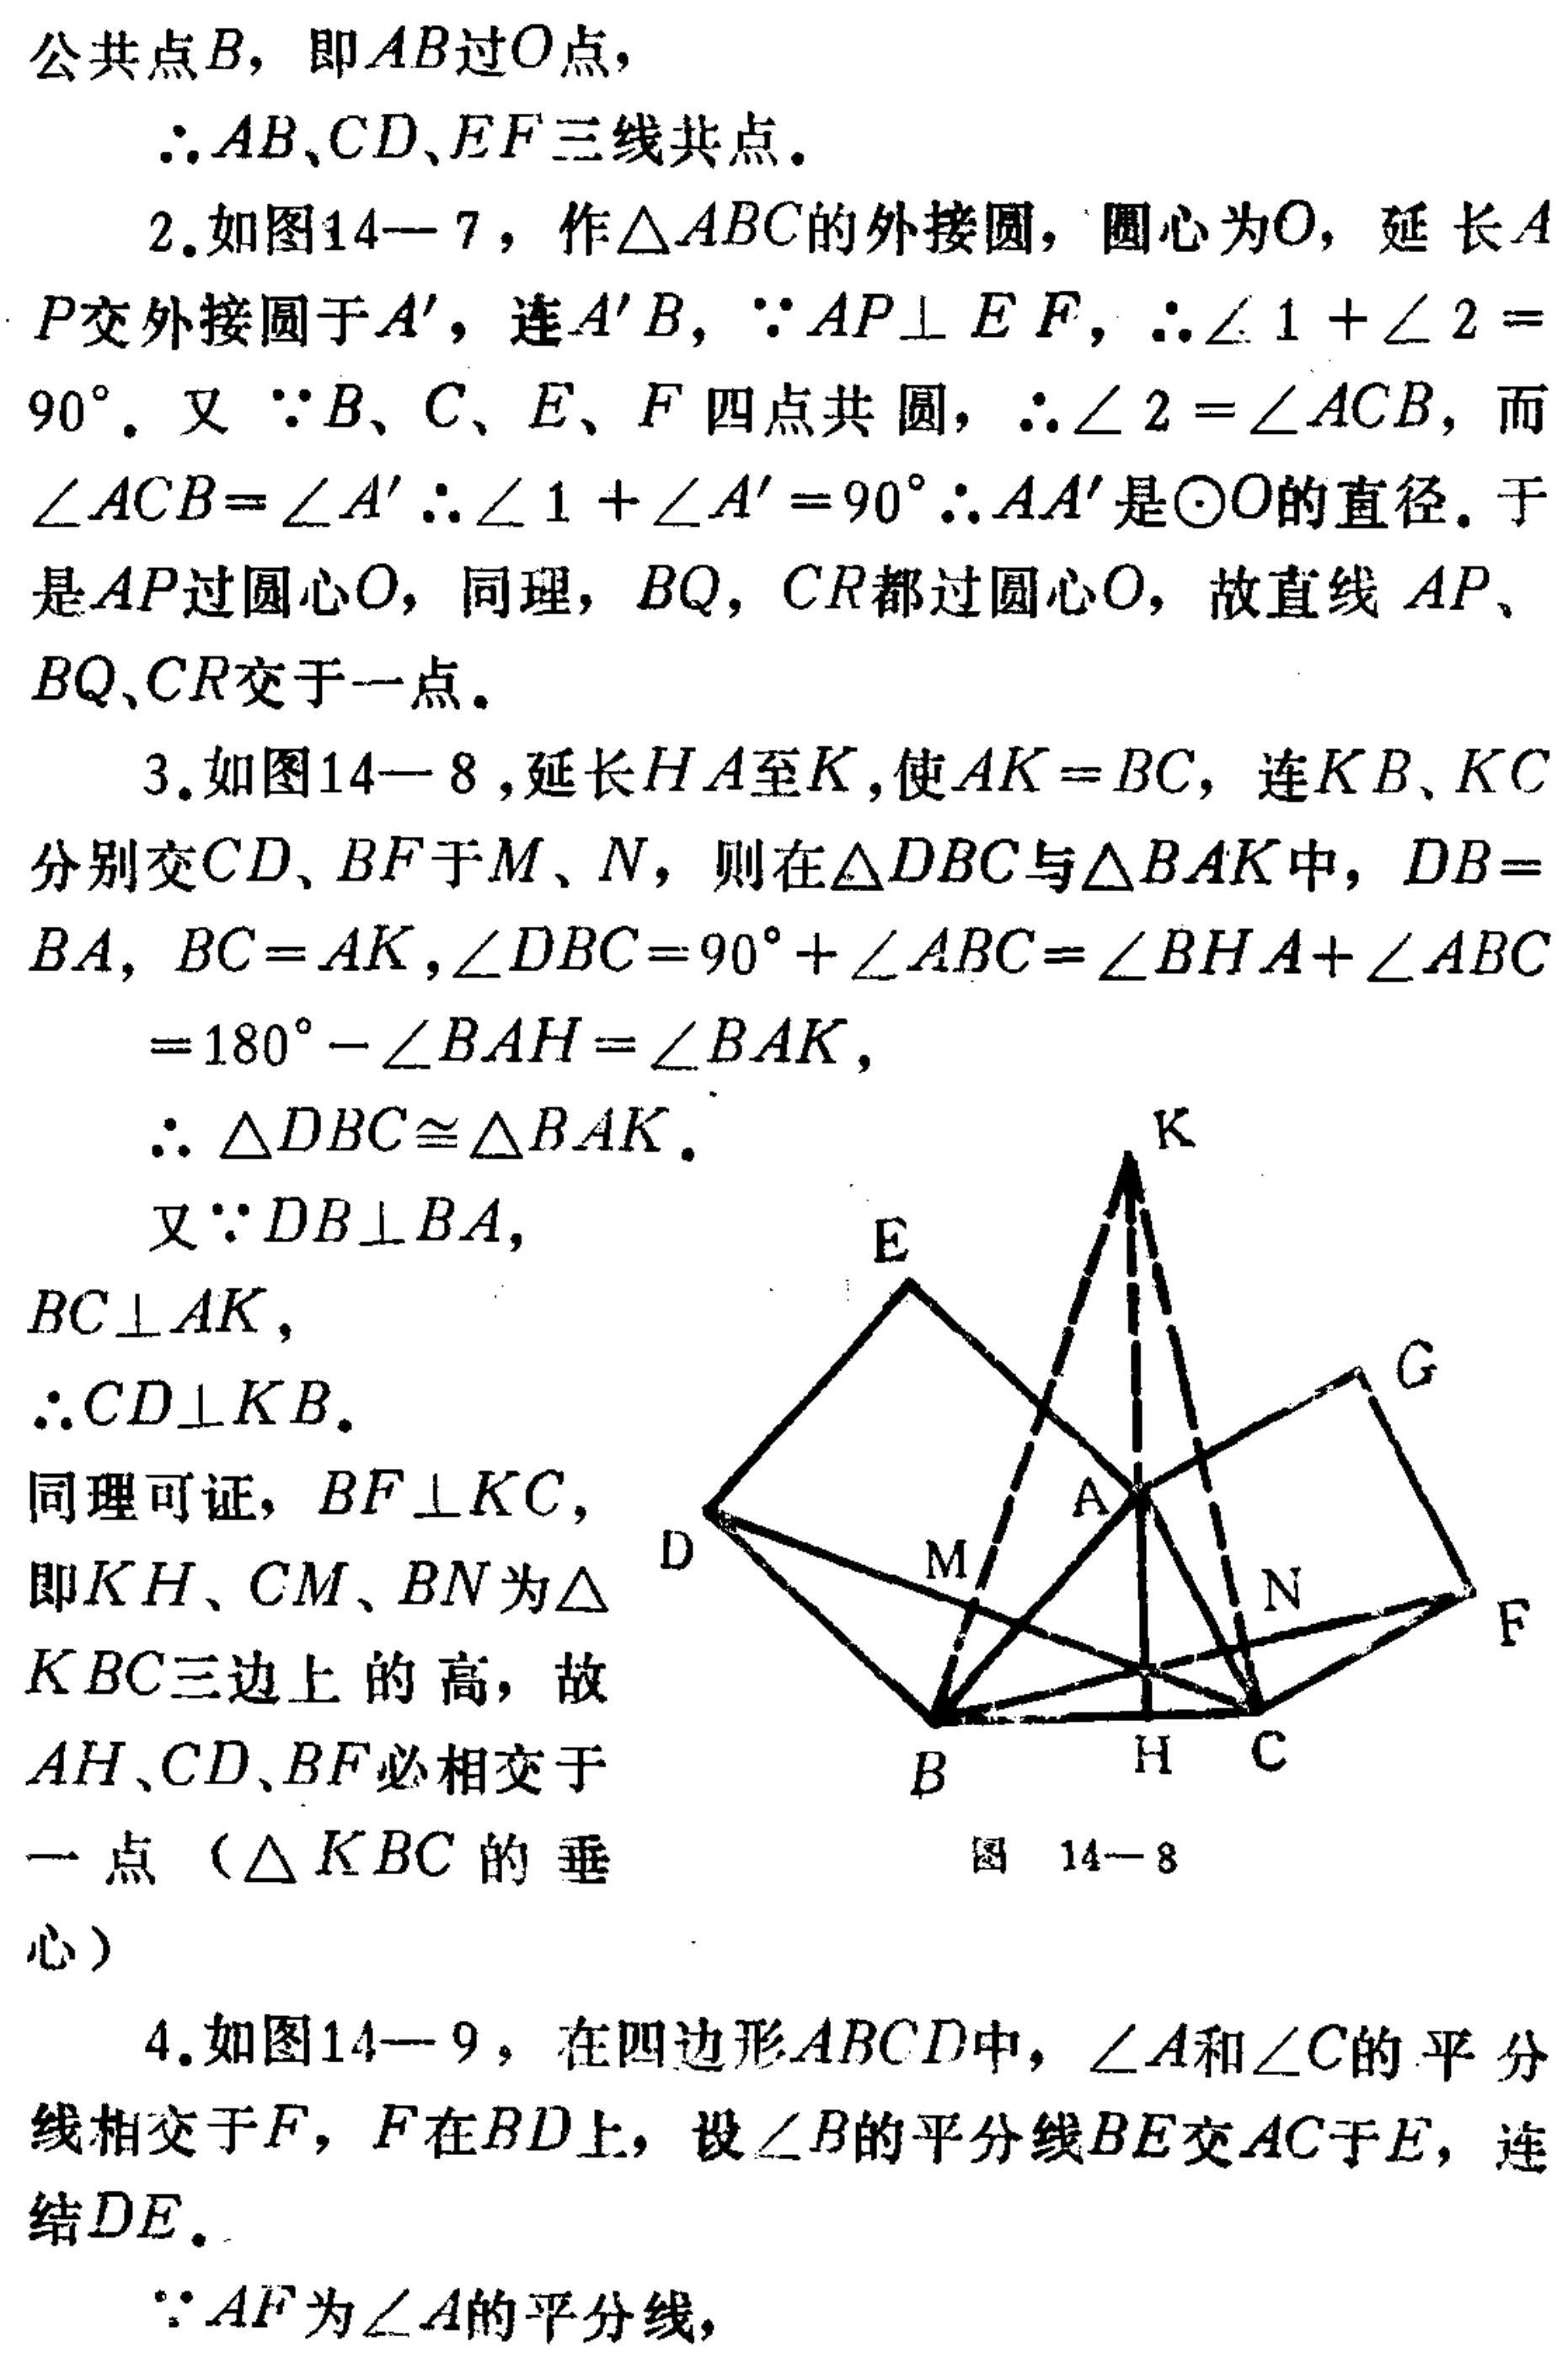
公共点\(B\)，即\(AB\)过\(O\)点，
\(\therefore AB,CD,EF\)三线共点。
2. 如图14—7，作\(\triangle ABC\)的外接圆，圆心为\(O\)，延长\(AP\)交外接圆于\(A'\)，连\(A'B\)，\(\because AP\perp EF\)，\(\therefore\angle 1+\angle 2 = 90^{\circ}\)。又\(\because B\)、\(C\)、\(E\)、\(F\)四点共圆，\(\therefore\angle 2=\angle ACB\)，而\(\angle ACB = \angle A'\) \(\therefore\angle 1+\angle A'=90^{\circ}\) \(\therefore AA'\)是\(\odot O\)的直径。于是\(AP\)过圆心\(O\)，同理，\(BQ\)，\(CR\)都过圆心\(O\)，故直线\(AP\)、\(BQ\)、\(CR\)交于一点。
3. 如图14—8，延长\(HA\)至\(K\)，使\(AK = BC\)，连\(KB\)、\(KC\)分别交\(CD\)、\(BF\)于\(M\)、\(N\)，则在\(\triangle DBC\)与\(\triangle BAK\)中，\(DB = BA\)，\(BC = AK\)，\(\angle DBC=90^{\circ}+\angle ABC=\angle BHA+\angle ABC\)
\(=180^{\circ}-\angle BAH=\angle BAK\)，
\(\therefore\triangle DBC\cong\triangle BAK\)。
又\(\because DB\perp BA\)，
\(BC\perp AK\)，
\(\therefore CD\perp KB\)。
同理可证，\(BF\perp KC\)，
即\(KH\)、\(CM\)、\(BN\)为\(\triangle KBC\)三边上的高，故\(AH\)、\(CD\)、\(BF\)必相交于一点（\(\triangle KBC\)的垂心）
4. 如图14—9，在四边形\(ABCD\)中，\(\angle A\)和\(\angle C\)的平分线相交于\(F\)，\(F\)在\(BD\)上，设\(\angle B\)的平分线\(BE\)交\(AC\)于\(E\)，连结\(DE\)。
\(\because AF\)为\(\angle A\)的平分线，